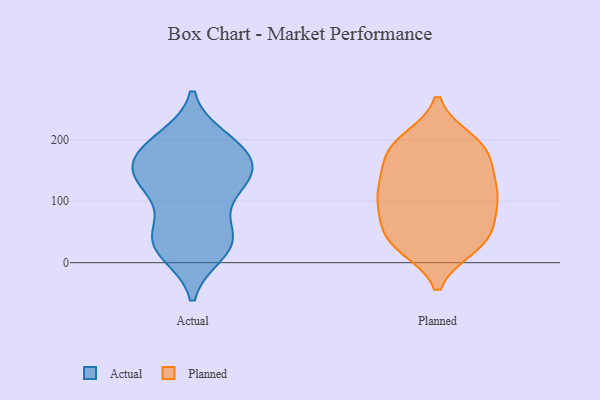
{"axis": {"x": "Production Output", "y": "Value"}, "legend": ["Actual", "Planned"], "data": [{"x": "", "y": 177, "type": "Actual"}, {"x": "", "y": 47, "type": "Actual"}, {"x": "", "y": 187, "type": "Actual"}, {"x": "", "y": 190, "type": "Actual"}, {"x": "", "y": 180, "type": "Actual"}, {"x": "", "y": 40, "type": "Actual"}, {"x": "", "y": 130, "type": "Actual"}, {"x": "", "y": 17, "type": "Actual"}, {"x": "", "y": 26, "type": "Actual"}, {"x": "", "y": 137, "type": "Actual"}, {"x": "", "y": 57, "type": "Actual"}, {"x": "", "y": 129, "type": "Actual"}, {"x": "", "y": 200, "type": "Actual"}, {"x": "", "y": 137, "type": "Actual"}, {"x": "", "y": 152, "type": "Actual"}, {"x": "", "y": 26, "type": "Actual"}, {"x": "", "y": 127, "type": "Actual"}, {"x": "", "y": 193, "type": "Planned"}, {"x": "", "y": 100, "type": "Planned"}, {"x": "", "y": 191, "type": "Planned"}, {"x": "", "y": 86, "type": "Planned"}, {"x": "", "y": 80, "type": "Planned"}, {"x": "", "y": 136, "type": "Planned"}, {"x": "", "y": 165, "type": "Planned"}, {"x": "", "y": 171, "type": "Planned"}, {"x": "", "y": 65, "type": "Planned"}, {"x": "", "y": 30, "type": "Planned"}, {"x": "", "y": 103, "type": "Planned"}, {"x": "", "y": 199, "type": "Planned"}, {"x": "", "y": 114, "type": "Planned"}, {"x": "", "y": 26, "type": "Planned"}, {"x": "", "y": 40, "type": "Planned"}, {"x": "", "y": 30, "type": "Planned"}, {"x": "", "y": 126, "type": "Planned"}, {"x": "", "y": 189, "type": "Planned"}, {"x": "", "y": 39, "type": "Planned"}, {"x": "", "y": 132, "type": "Planned"}]}